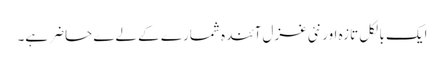
ایک بالکل تازہ اور نئی غزل آئندہ شمارے کے لےے حاضر ہے۔